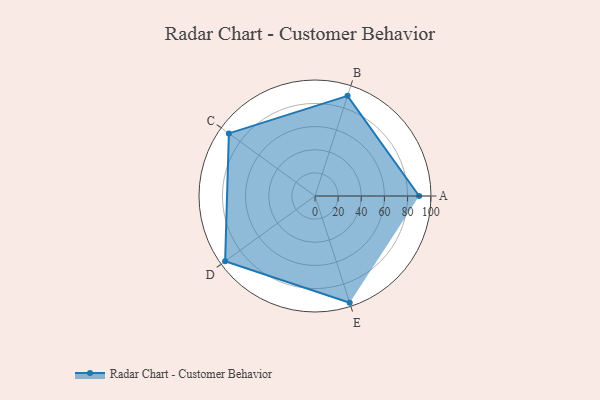
{"axis": {"x": "Skill", "y": "Score"}, "legend": ["Profile"], "data": [{"x": "A", "y": 90.0, "type": "Profile"}, {"x": "B", "y": 91.0, "type": "Profile"}, {"x": "C", "y": 92.0, "type": "Profile"}, {"x": "D", "y": 96.0, "type": "Profile"}, {"x": "E", "y": 97.0, "type": "Profile"}]}